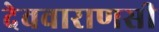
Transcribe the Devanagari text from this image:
देववाराणसी